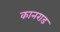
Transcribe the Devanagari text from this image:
कानराड